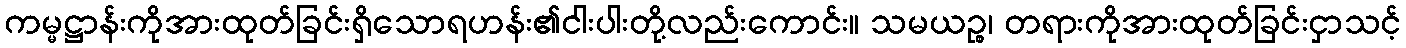
ကမ္မဋ္ဌာန်းကိုအားထုတ်ခြင်းရှိသောရဟန်း၏ငါးပါးတို့လည်းကောင်း။ သမယဉ္စ၊ တရားကိုအားထုတ်ခြင်းငှာသင့်